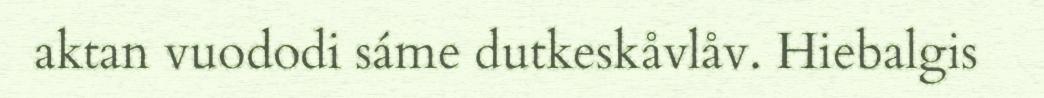
aktan vuododi sáme dutkeskåvlåv. Hiebalgis